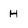
Character: H